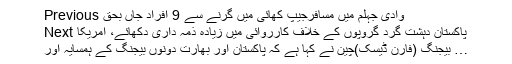
Previous وادی جہلم میں مسافرجیپ کھائی میں گرنے سے 9 افراد جاں بحق
Next پاکستان دہشت گرد گروپوں کے خلاف کارروائی میں زیادہ ذمہ داری دکھائے، امریکا
بیجنگ (فارن ڈیسک)چین نے کہا ہے کہ پاکستان اور بھارت دونوں بیجنگ کے ہمسایہ اور …